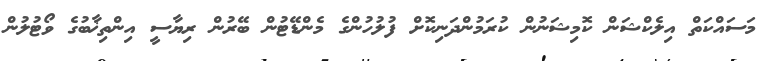
މަސައްކަތް އިލެކްޝަން ކޮމިޝަނުން ކުރަމުންދަނިކޮށް ފުލުހުންގެ މެންޑޭޓުން ބޭރުން ރިޔާސީ އިންތިޚާބުގެ ވޯޓުލުން